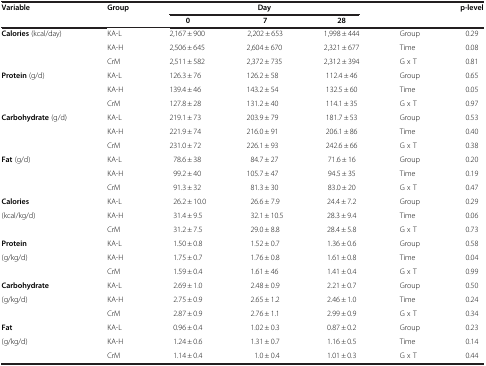
<table><thead><tr><td><b>Variable</b></td><td><b>Group</b></td><td colspan="3"><b>Day</b></td><td><b> </b></td><td><b>p-level</b></td></tr><tr><td><b> </b></td><td><b> </b></td><td><b>0</b></td><td><b>7</b></td><td><b>28</b></td><td><b> </b></td><td><b> </b></td></tr></thead><tbody><tr><td><b>Calories</b> (kcal/day)</td><td>KA-L</td><td>2,167 ± 900</td><td>2,202 ± 653</td><td>1,998 ± 444</td><td>Group</td><td>0.29</td></tr><tr><td> </td><td>KA-H</td><td>2,506 ± 645</td><td>2,604 ± 670</td><td>2,321 ± 677</td><td>Time</td><td>0.08</td></tr><tr><td> </td><td>CrM</td><td>2,511 ± 582</td><td>2,372 ± 735</td><td>2,312 ± 394</td><td>G x T</td><td>0.81</td></tr><tr><td><b>Protein</b> (g/d)</td><td>KA-L</td><td>126.3 ± 76</td><td>126.2 ± 58</td><td>112.4 ± 46</td><td>Group</td><td>0.65</td></tr><tr><td> </td><td>KA-H</td><td>139.4 ± 46</td><td>143.2 ± 54</td><td>132.5 ± 60</td><td>Time</td><td>0.05</td></tr><tr><td> </td><td>CrM</td><td>127.8 ± 28</td><td>131.2 ± 40</td><td>114.1 ± 35</td><td>G x T</td><td>0.97</td></tr><tr><td><b>Carbohydrate</b> (g/d)</td><td>KA-L</td><td>219.1 ± 73</td><td>203.9 ± 79</td><td>181.7 ± 53</td><td>Group</td><td>0.53</td></tr><tr><td> </td><td>KA-H</td><td>221.9 ± 74</td><td>216.0 ± 91</td><td>206.1 ± 86</td><td>Time</td><td>0.40</td></tr><tr><td> </td><td>CrM</td><td>231.0 ± 72</td><td>226.1 ± 93</td><td>242.6 ± 66</td><td>G x T</td><td>0.38</td></tr><tr><td><b>Fat</b> (g/d)</td><td>KA-L</td><td>78.6 ± 38</td><td>84.7 ± 27</td><td>71.6 ± 16</td><td>Group</td><td>0.20</td></tr><tr><td> </td><td>KA-H</td><td>99.2 ± 40</td><td>105.7 ± 47</td><td>94.5 ± 35</td><td>Time</td><td>0.19</td></tr><tr><td> </td><td>CrM</td><td>91.3 ± 32</td><td>81.3 ± 30</td><td>83.0 ± 20</td><td>G x T</td><td>0.47</td></tr><tr><td><b>Calories</b></td><td>KA-L</td><td>26.2 ± 10.0</td><td>26.6 ± 7.9</td><td>24.4 ± 7.2</td><td>Group</td><td>0.29</td></tr><tr><td>(kcal/kg/d)</td><td>KA-H</td><td>31.4 ± 9.5</td><td>32.1 ± 10.5</td><td>28.3 ± 9.4</td><td>Time</td><td>0.06</td></tr><tr><td> </td><td>CrM</td><td>31.2 ± 7.5</td><td>29.0 ± 8.8</td><td>28.4 ± 5.8</td><td>G x T</td><td>0.73</td></tr><tr><td><b>Protein</b></td><td>KA-L</td><td>1.50 ± 0.8</td><td>1.52 ± 0.7</td><td>1.36 ± 0.6</td><td>Group</td><td>0.58</td></tr><tr><td>(g/kg/d)</td><td>KA-H</td><td>1.75 ± 0.7</td><td>1.76 ± 0.8</td><td>1.61 ± 0.8</td><td>Time</td><td>0.04</td></tr><tr><td> </td><td>CrM</td><td>1.59 ± 0.4</td><td>1.61 ± 46</td><td>1.41 ± 0.4</td><td>G x T</td><td>0.99</td></tr><tr><td><b>Carbohydrate</b></td><td>KA-L</td><td>2.69 ± 1.0</td><td>2.48 ± 0.9</td><td>2.21 ± 0.7</td><td>Group</td><td>0.50</td></tr><tr><td>(g/kg/d)</td><td>KA-H</td><td>2.75 ± 0.9</td><td>2.65 ± 1.2</td><td>2.46 ± 1.0</td><td>Time</td><td>0.24</td></tr><tr><td> </td><td>CrM</td><td>2.87 ± 0.9</td><td>2.76 ± 1.1</td><td>2.99 ± 0.9</td><td>G x T</td><td>0.34</td></tr><tr><td><b>Fat</b></td><td>KA-L</td><td>0.96 ± 0.4</td><td>1.02 ± 0.3</td><td>0.87 ± 0.2</td><td>Group</td><td>0.23</td></tr><tr><td>(g/kg/d)</td><td>KA-H</td><td>1.24 ± 0.6</td><td>1.31 ± 0.7</td><td>1.16 ± 0.5</td><td>Time</td><td>0.14</td></tr><tr><td> </td><td>CrM</td><td>1.14 ± 0.4</td><td>1.0 ± 0.4</td><td>1.01 ± 0.3</td><td>G x T</td><td>0.44</td></tr></tbody></table>